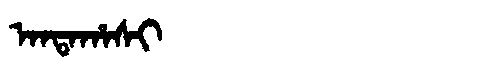
Manchu: ᠠᠨᡨᠠᡥᠠᠰᡳ
Romanization: ANTAHASI